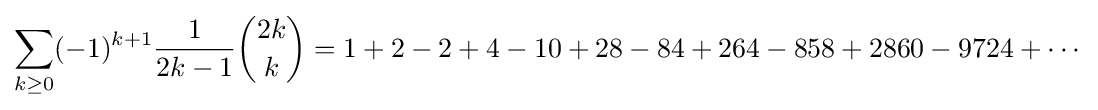
\sum _{k\geq 0}(-1)^{k+1}{\frac {1}{2k-1}}{\binom {2k}{k}}=1+2-2+4-10+28-84+264-858+2860-9724+\cdots